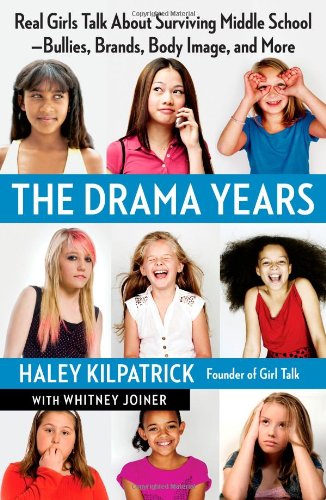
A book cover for The Drama Years: Real Girls Talk About Surviving Middle School -- Bullies, Brands, Body Image, and More; Haley Kilpatrick; Parenting & Relationships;